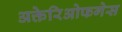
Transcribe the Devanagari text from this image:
अक्तेरिओफगेस